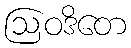
ဩဝဒိတေ